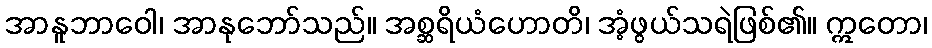
အာနူဘာဝေါ၊ အာနုဘော်သည်။ အစ္ဆရိယံဟောတိ၊ အံ့ဖွယ်သရဲဖြစ်၏။ ဣတော၊